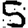
Digit: 5